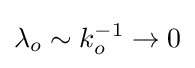
\lambda _{o}\sim k_{o}^{-1}\rightarrow 0